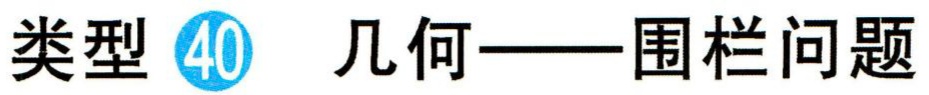
类型 \textcircled{40} 几何——围栏问题